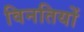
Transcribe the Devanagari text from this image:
विनतियों